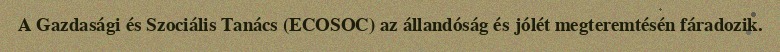
A Gazdasági és Szociális Tanács (ECOSOC) az állandóság és jólét megteremtésén fáradozik.